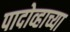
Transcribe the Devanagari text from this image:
पादोव्हाच्या